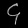
Digit: ၄